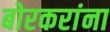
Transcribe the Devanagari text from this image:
बोरकरांना